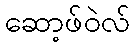
ဆော့ဖ်ဝဲလ်